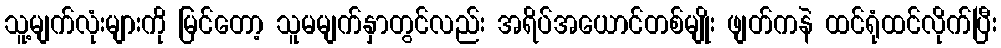
သူ့မျက်လုံးများကို မြင်တော့ သူမမျက်နှာတွင်လည်း အရိပ်အယောင်တစ်မျိုး ဖျတ်ကနဲ ထင်ရုံထင်လိုက်ပြီး